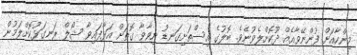
މިންހާއަށް ފުންނޭވާއެއް ދޫކޮށްލެވުނެވެ. ބޮލުގެ އިސްތަށިގަނޑު ނިވާވާ ގޮތަށް އަޅާފައިވާ ޝޯލް ރަނގަޅުކޮށްލަމުން